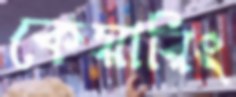
কেয়ারিং